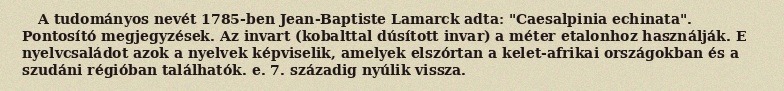
A tudományos nevét 1785-ben Jean-Baptiste Lamarck adta: "Caesalpinia echinata". Pontosító megjegyzések. Az invart (kobalttal dúsított invar) a méter etalonhoz használják. E nyelvcsaládot azok a nyelvek képviselik, amelyek elszórtan a kelet-afrikai országokban és a szudáni régióban találhatók. e. 7. századig nyúlik vissza.